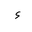
Letter: _hamza